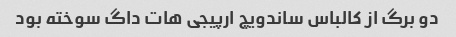
دو برگ از کالباس ساندویچ ارپیجی هات داگ سوخته بود